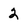
Character: 2